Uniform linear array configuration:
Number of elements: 48
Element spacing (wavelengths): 0.75
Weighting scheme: kaiser
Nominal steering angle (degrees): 60
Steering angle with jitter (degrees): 59.785
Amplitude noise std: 0.05
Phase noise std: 0.05

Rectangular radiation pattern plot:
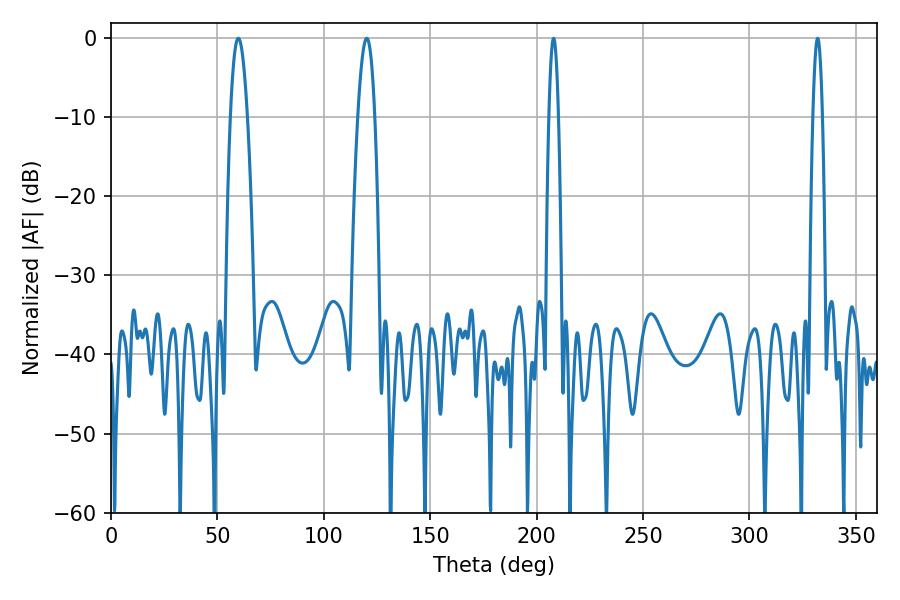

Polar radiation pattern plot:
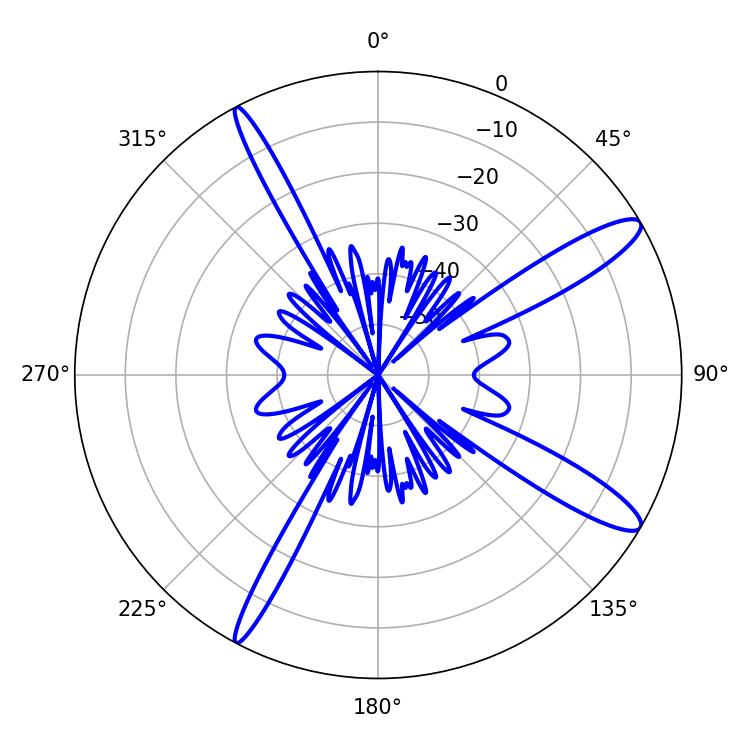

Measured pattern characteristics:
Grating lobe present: TRUE
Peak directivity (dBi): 13.018
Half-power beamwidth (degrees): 4.32
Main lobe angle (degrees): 120.24